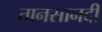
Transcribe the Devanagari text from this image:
तानसानदी